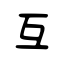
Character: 互